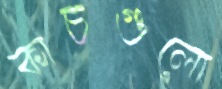
কাচগুলো